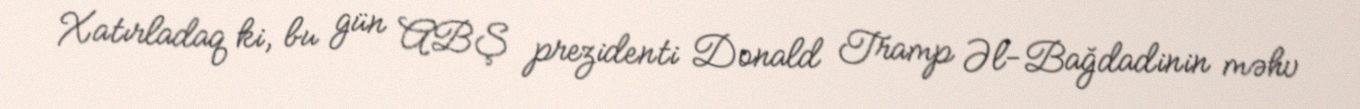
Xatırladaq ki, bu gün ABŞ prezidenti Donald Tramp Əl-Bağdadinin məhv